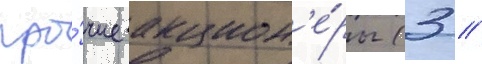
про́чие акцион'е́ры (3 /